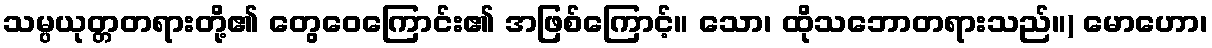
သမ္ပယုတ္တတရားတို့၏ တွေဝေကြောင်း၏ အဖြစ်ကြောင့်။ သော၊ ထိုသဘောတရားသည်။) မောဟော၊